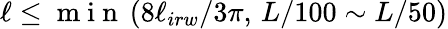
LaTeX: \ell\leq\mathrm{~m~i~n~}\left(8\ell_{irw}/3\pi,\, L/100\sim L/50\right)